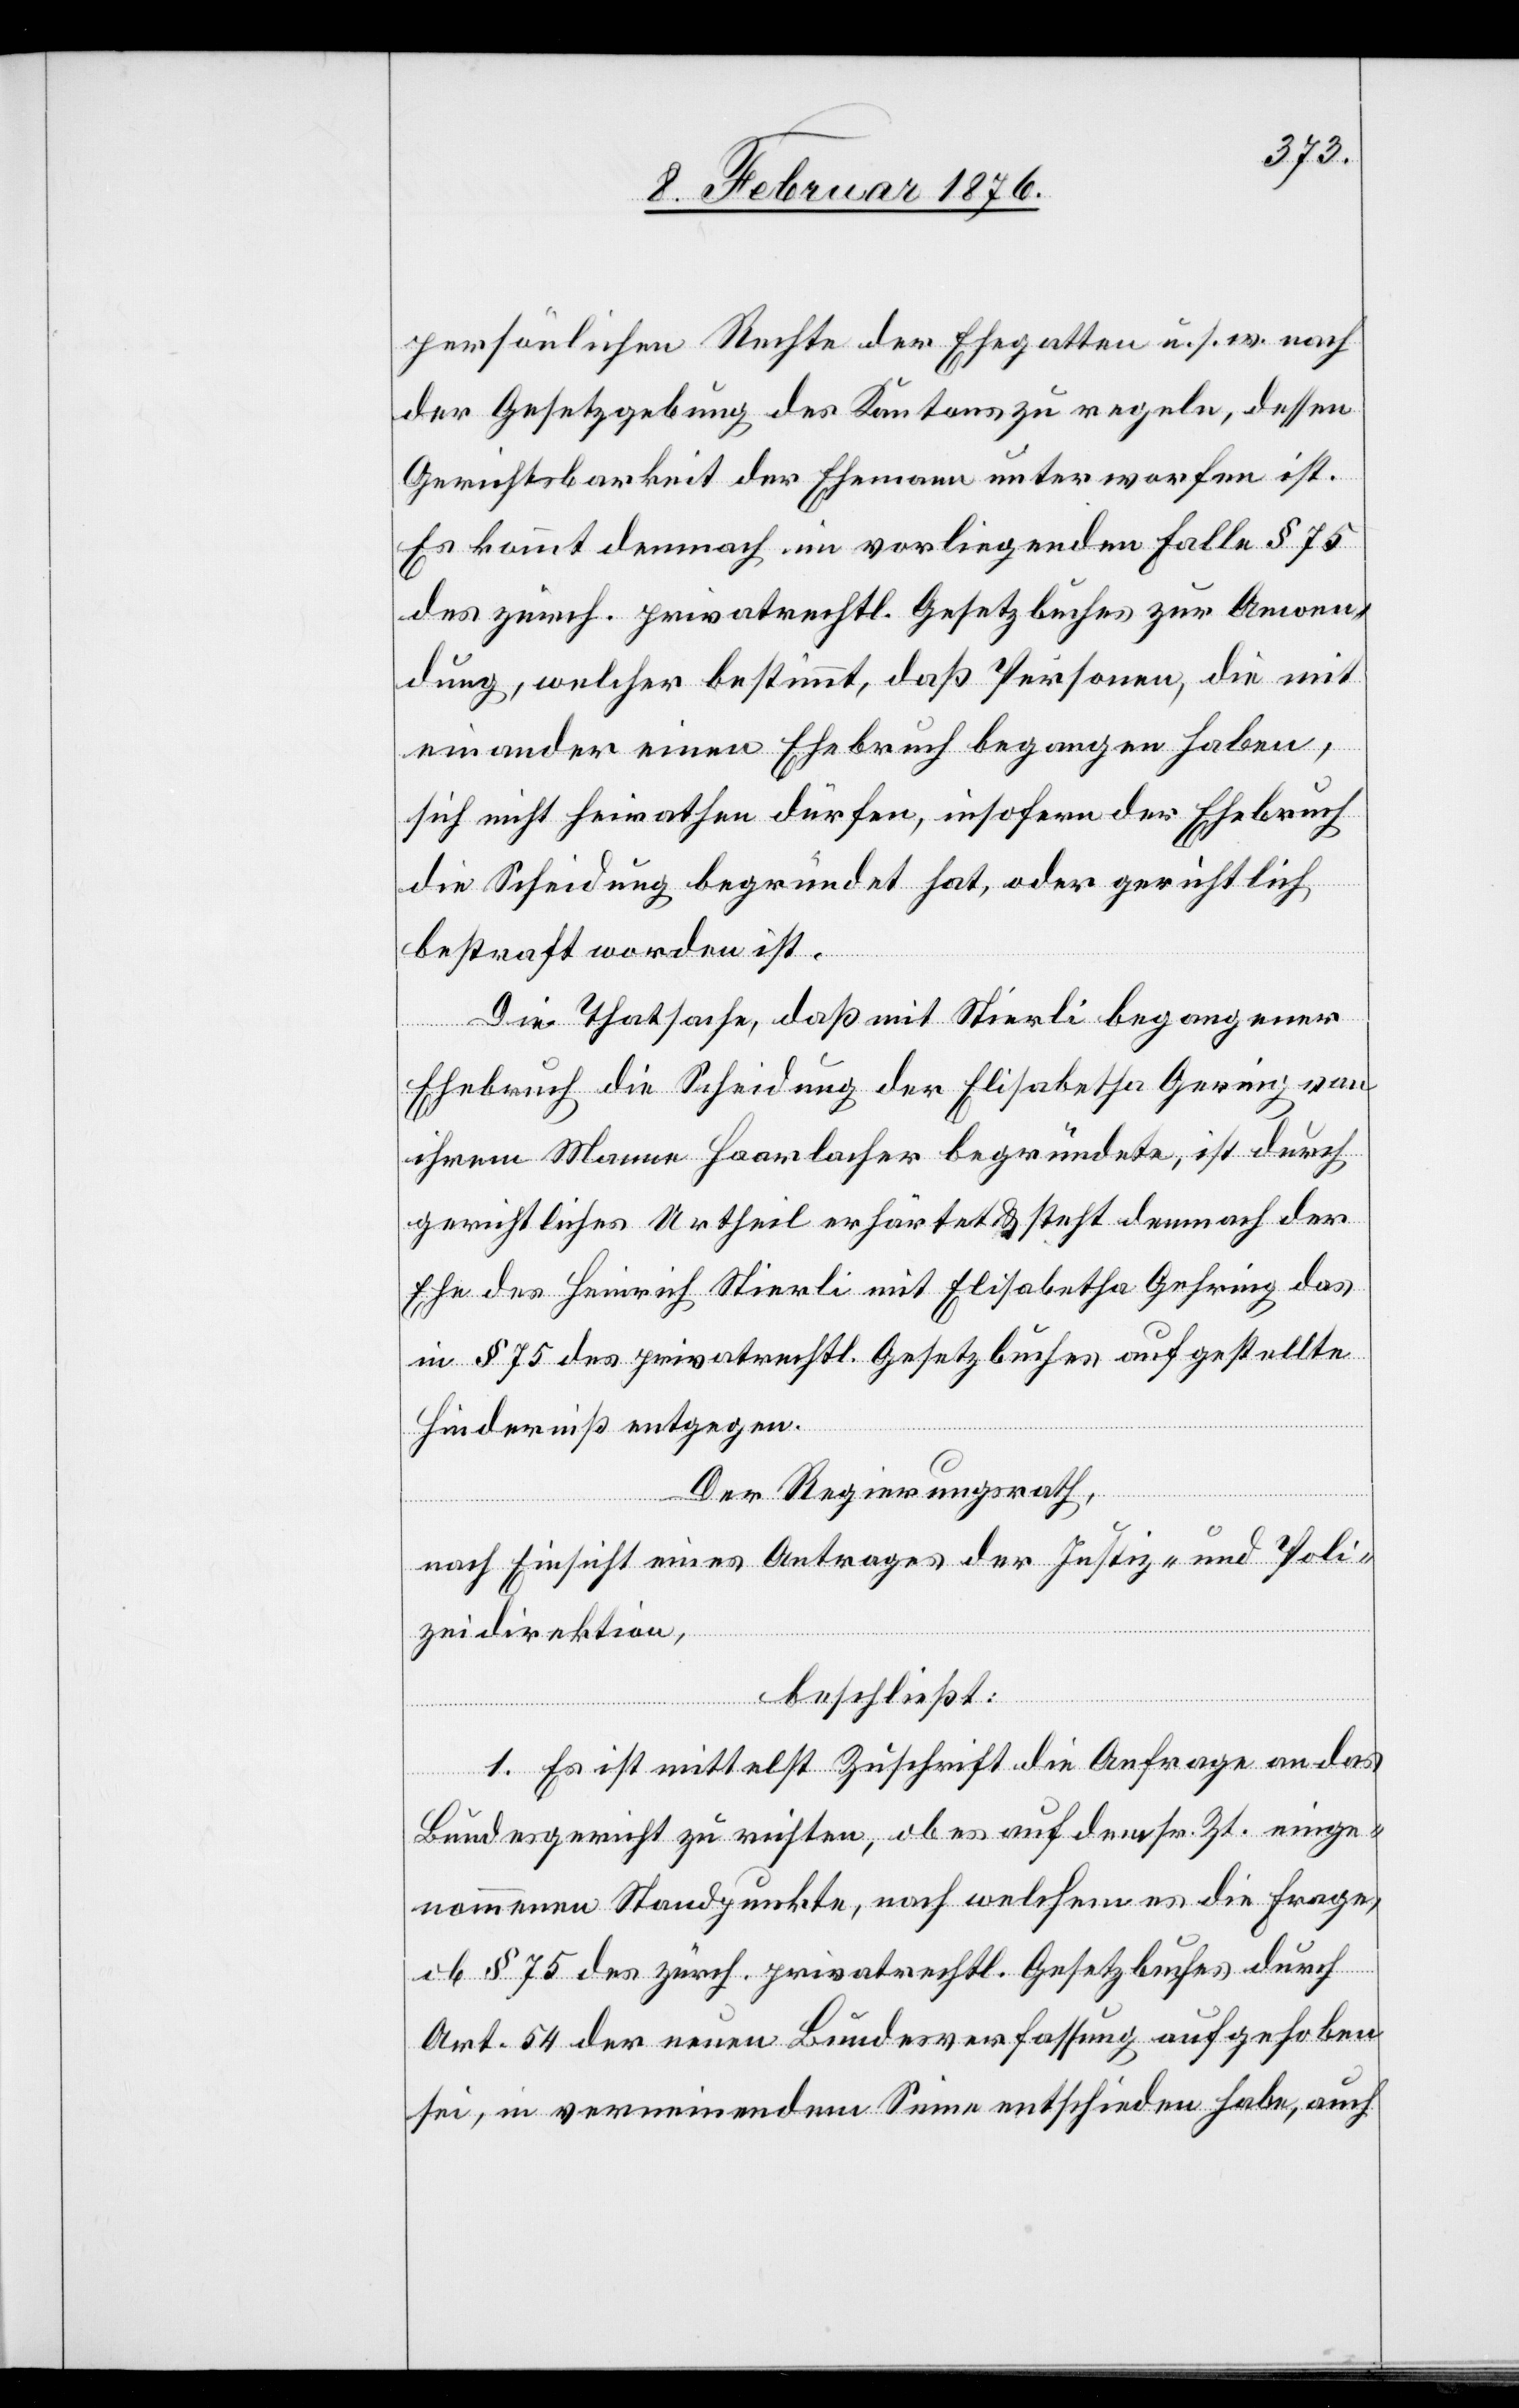
persönlichen Rechte der Ehegatten u. s. w. nach
der Gesetzgebung des Kantons zu regeln, dessen
Gerichtsbarkeit der Ehemann unterworfen ist.
Es kommt demnach in vorliegendem Falle § 75
des zürch. privatrechtl. Gesetzbuches zur Anwen¬
dung, welcher bestimmt, daß Personen, die mit
einander einen Ehebruch begangen haben,
sich nicht heirathen dürfen, insofern der Ehebruch
die Scheidung begründet hat, oder gerichtlich
bestraft worden ist.
Die Thatsache, daß mit Stierli begangener
Ehebruch die Scheidung der Elisabetha Gering von
ihrem Manne Haarlacher begründete, ist durch
gerichtliches Urtheil erhärtet & steht demnach der
Ehe des Heinrich Stierli mit Elisabetha Gering das
in § 75 des privatrechtl. Gesetzbuches aufgestellte
Hinderniß entgegen.
Der Regierungsrath,
nach Einsicht eines Antrages der Justiz- und Poli¬
zeidirektion,
beschließt:
1. Es ist mittelst Zuschrift die Anfrage an das
Bundesgericht zu reichen, ob es auf dem sr. Zt. einge¬
nommenen Standpunkte, nach welchem es die Frage,
ob § 75 des zürch. privatrechtl. Gesetzbuches durch
Art. 54 der neuen Bundesverfassung aufgehoben
sei, in verneinendem Sinne entschieden habe, auch